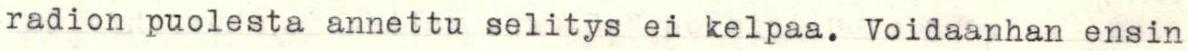
radion puolesta annettu selitys ei kelpaa. Voidaanhan ensin